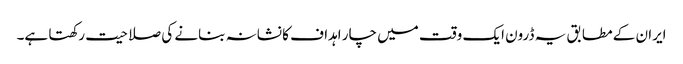
ایران کے مطابق یہ ڈرون ایک وقت میں چار اہداف کا نشانہ بنانے کی صلاحیت رکھتا ہے۔